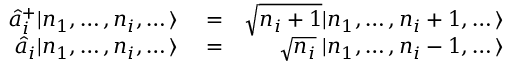
\begin{array} { r l r } { \hat { a } _ { i } ^ { + } | n _ { 1 } , \dots , n _ { i } , \dots \rangle } & { { } = } & { \sqrt { n _ { i } + 1 } | n _ { 1 } , \dots , n _ { i } + 1 , \dots \rangle } \\ { \hat { a } _ { i } | n _ { 1 } , \dots , n _ { i } , \dots \rangle } & { { } = } & { \; \; \; \; \; \sqrt { n _ { i } } \; | n _ { 1 } , \dots , n _ { i } - 1 , \dots \rangle } \end{array}